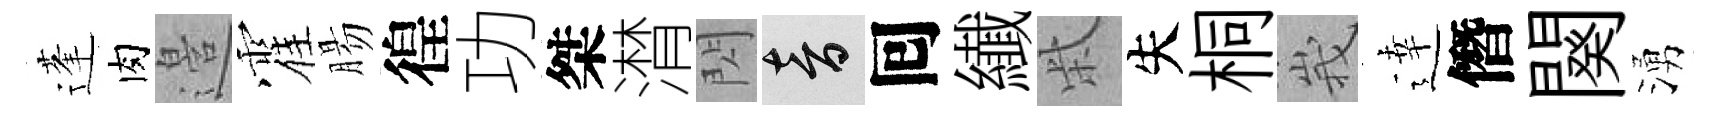
蓬肉邉霍腸徨功桀潸閃音囘纎柴失桐峩逹僭闋湧